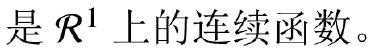
是 $\mathcal{R}^1$ 上的连续函数。